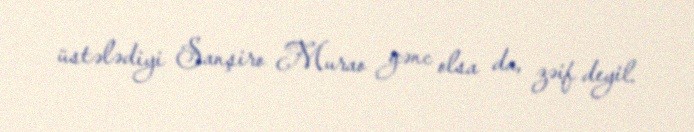
üstələdiyi Sanşiro Murao gənc olsa da, zəif deyil.